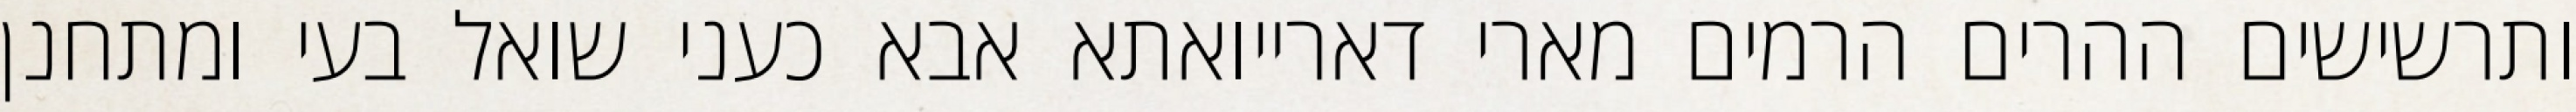
ותרשישים ההרים הרמים מארי דארייואתא אבא כעני שואל בעי ומתחנן